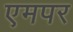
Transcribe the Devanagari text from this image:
एमपर